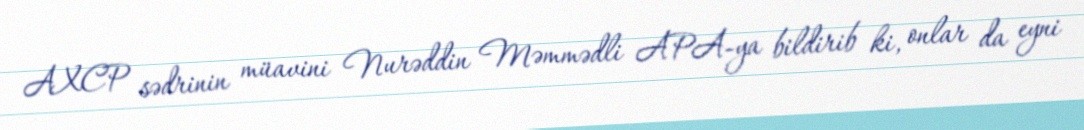
AXCP sədrinin müavini Nurəddin Məmmədli APA-ya bildirib ki, onlar da eyni